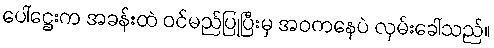
ပေါ်ဋ္ဌေးက အခန်းထဲ ဝင်မည်ပြုပြီးမှ အဝကနေပဲ လှမ်းခေါ်သည်။